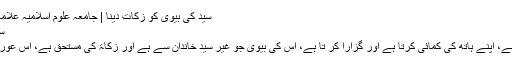
سید کی بیوی کو زکات دینا | جامعہ علوم اسلامیہ علامہ محمد یوسف بنوری ٹاؤن
سید کی بیوی کو زکات دینا
سید شخص جو کہ غریب ہے، اپنے ہاتھ کی کمائی کرتا ہے اور گزارا کر تا ہے، اس کی بیوی جو غیر سید خاندان سے ہے اور زکاۃ کی مستحق ہے، اس عورت کو زکاۃ دینا کیسا ہے؟